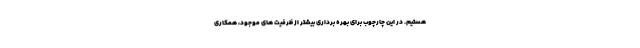
هستیم. در این چارچوب برای بهره برداری بیشتر از ظرفیت های موجود، همکاری